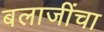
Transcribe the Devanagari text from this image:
बलाजींचा